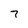
Character: 7